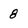
Character: 8